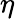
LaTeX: \eta